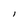
Character: l